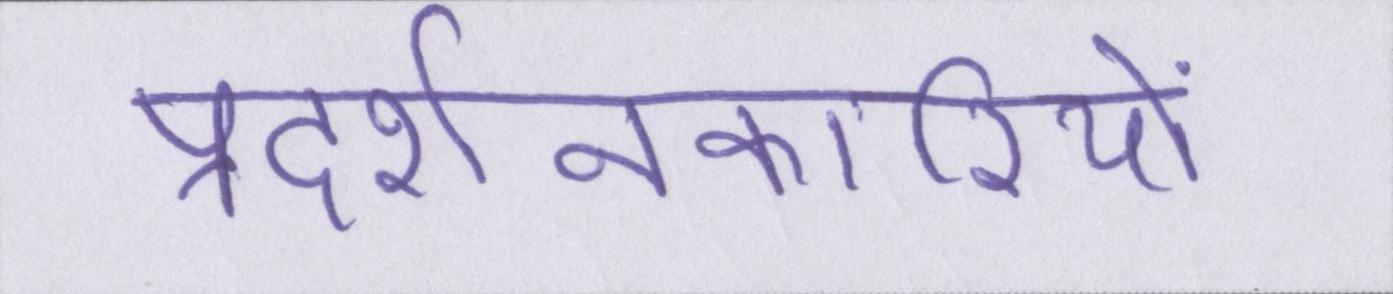
प्रदर्शनकारियों